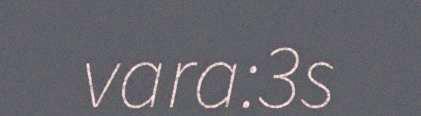
vara:3s